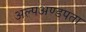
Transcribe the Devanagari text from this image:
अल्पअण्डपता